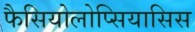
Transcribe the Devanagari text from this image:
फैसियोलोप्सियासिस